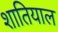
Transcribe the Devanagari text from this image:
शातियाल